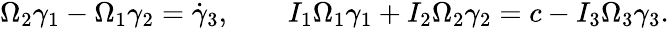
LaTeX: \begin{array}{r}{\Omega_{2}\gamma_{1}-\Omega_{1}\gamma_{2}=\dot{\gamma}_{3},\qquad I_{1}\Omega_{1}\gamma_{1}+I_{2}\Omega_{2}\gamma_{2}=c-I_{3}\Omega_{3}\gamma_{3}.}\end{array}